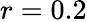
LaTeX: r=0.2